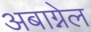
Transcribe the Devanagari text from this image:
अबाग्नेल